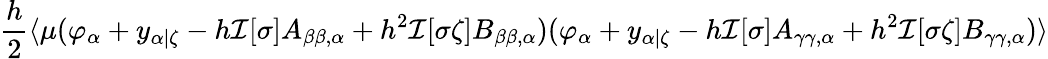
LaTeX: \frac{h}{2}\langle\mu(\varphi_{\alpha}+y_{\alpha|\zeta}-h\mathcal{I}[\sigma]A_{\beta\beta,\alpha}+h^{2}\mathcal{I}[\sigma\zeta]B_{\beta\beta,\alpha})(\varphi_{\alpha}+y_{\alpha|\zeta}-h\mathcal{I}[\sigma]A_{\gamma\gamma,\alpha}+h^{2}\mathcal{I}[\sigma\zeta]B_{\gamma\gamma,\alpha})\rangle